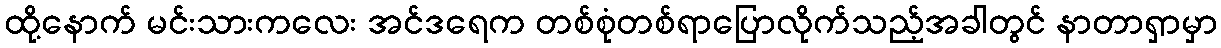
ထို့နောက် မင်းသားကလေး အင်ဒရေက တစ်စုံတစ်ရာပြောလိုက်သည့်အခါတွင် နာတာရှာမှာ